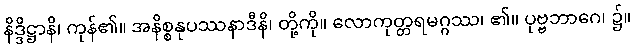
နိဒ္ဒိဋ္ဌာနိ၊ ကုန်၏။ အနိစ္စနုပဿနာဒီနိ၊ တို့ကို။ လောကုတ္တရမဂ္ဂဿ၊ ၏။ ပုဗ္ဗဘာဂေ၊ ၌။